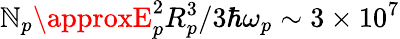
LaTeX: \mathbb{N}_{p}\approxE_{p}^{2}R_{p}^{3}/3\hbar\omega_{p}\sim3\times10^{7}